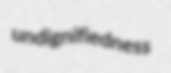
undignifiedness